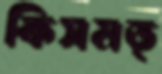
কিসমত্